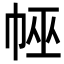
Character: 𢃀